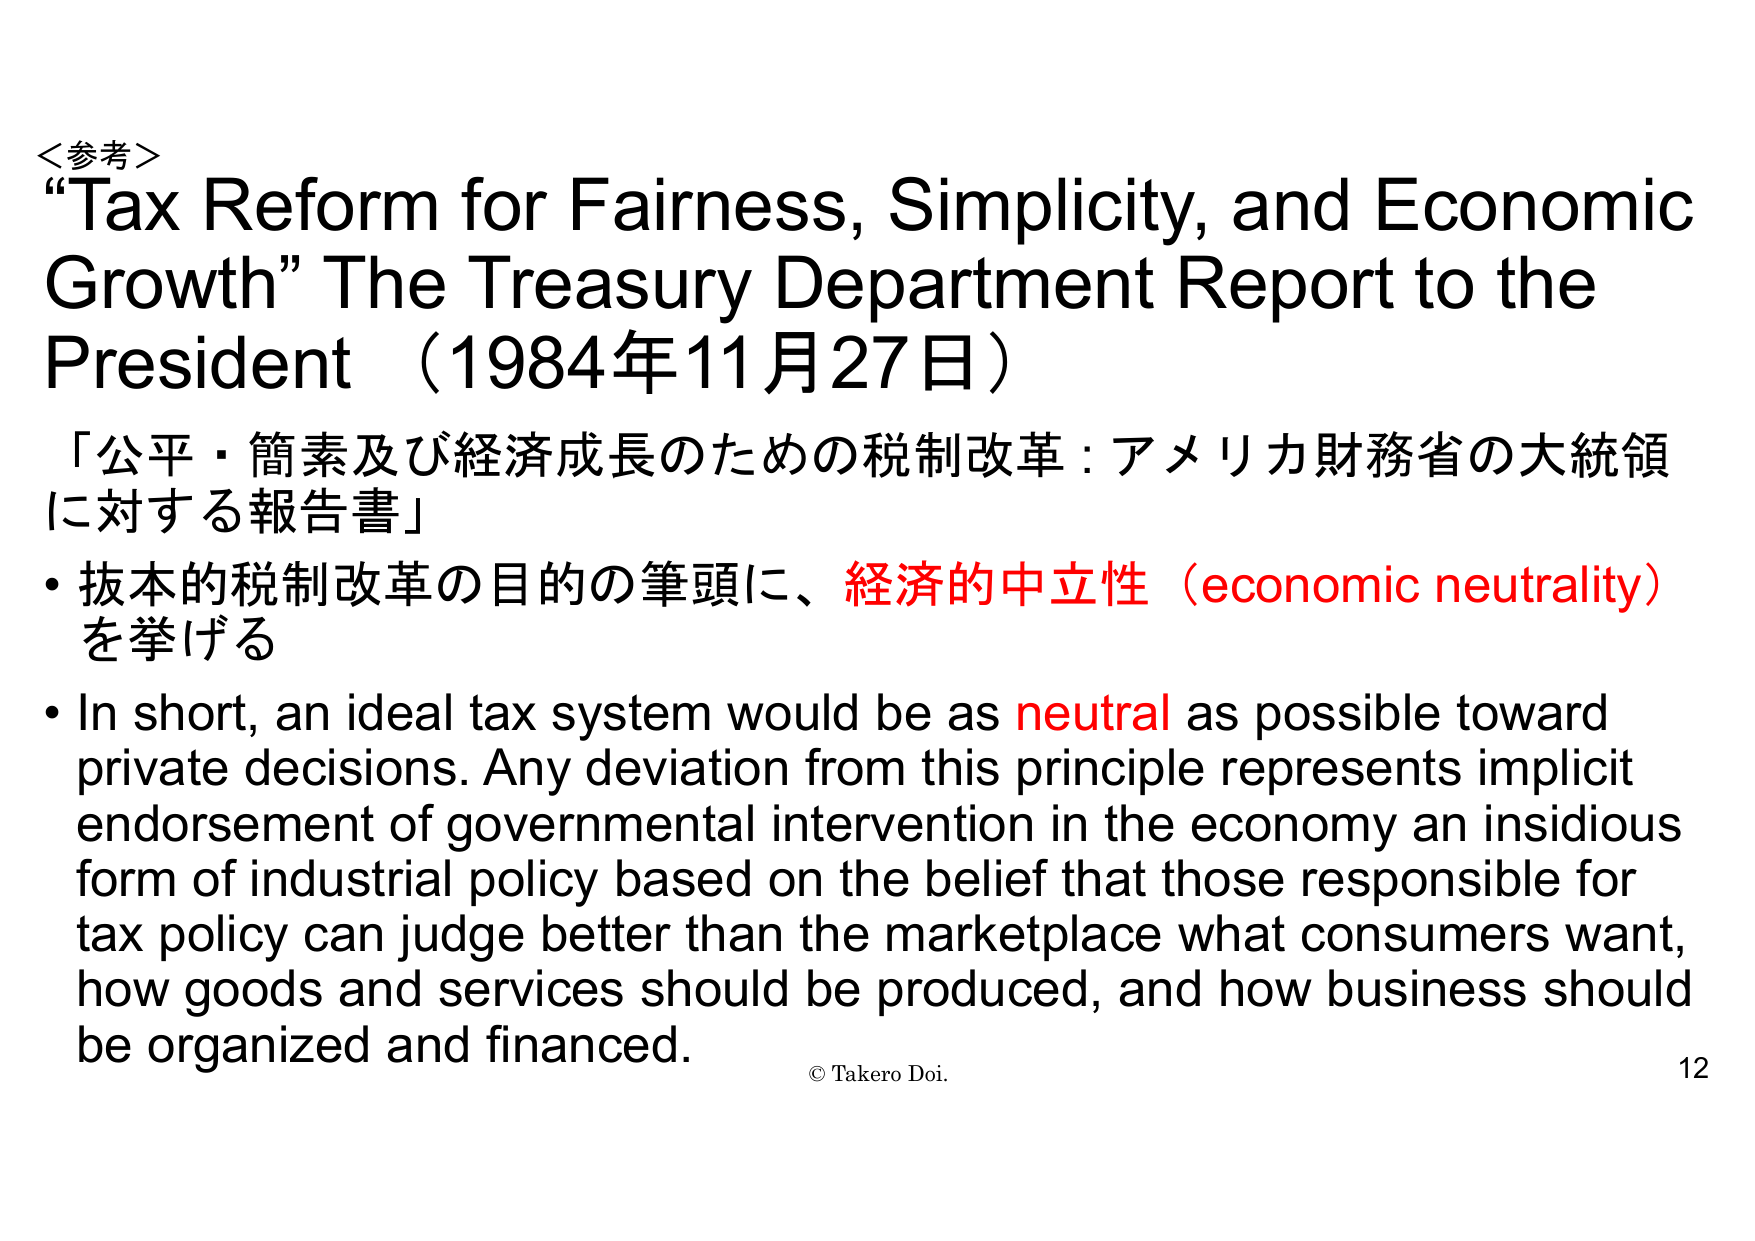
＜参考＞
“Tax Reform for Fairness, Simplicity, and Economic Growth” The Treasury Department Report to the President （1984年11月27日）
「公平・簡素及び経済成長のための税制改革：アメリカ財務省の大統領に対する報告書」
・抜本的税制改革の目的の筆頭に、経済的中立性（economic neutrality）を挙げる
・In short, an ideal tax system would be as neutral as possible toward private decisions. Any deviation from this principle represents implicit endorsement of governmental intervention in the economy an insidious form of industrial policy based on the belief that those responsible for tax policy can judge better than the marketplace what consumers want, how goods and services should be produced, and how business should be organized and financed.
© Takero Doi.
12